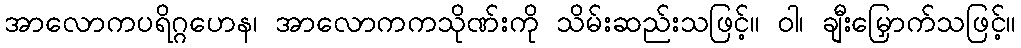
အာလောကပရိဂ္ဂဟေန၊ အာလောကကသိုဏ်းကို သိမ်းဆည်းသဖြင့်။ ဝါ၊ ချီးမြှောက်သဖြင့်။